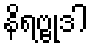
နိရဗ္ဗုဒါ